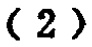
$(2)$